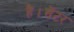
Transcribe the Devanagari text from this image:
है।सेंटर